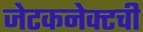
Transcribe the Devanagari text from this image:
जेटकनेक्टची